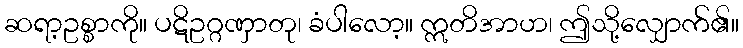
ဆရာ့ဥစ္စာကို။ ပဋိဥဂ္ဂဏှာတု၊ ခံပါလော့။ ဣတိအာဟ၊ ဤသို့လျှောက်၏။